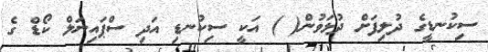
ސިކުނޑީގެ ދުލިފަށް ދުޅަވުން( ) އަކީ ސިކުނޑި އަދި ސްޕައިނަލް ކޯޑް ގެ